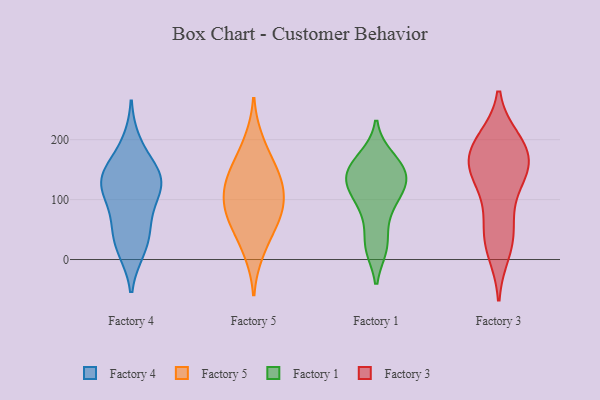
{"axis": {"x": "Churn Rate (%)", "y": "Value"}, "legend": ["Factory 1", "Factory 3", "Factory 4", "Factory 5"], "data": [{"x": "", "y": 141, "type": "Factory 4"}, {"x": "", "y": 52, "type": "Factory 4"}, {"x": "", "y": 21, "type": "Factory 4"}, {"x": "", "y": 17, "type": "Factory 4"}, {"x": "", "y": 138, "type": "Factory 4"}, {"x": "", "y": 57, "type": "Factory 4"}, {"x": "", "y": 154, "type": "Factory 4"}, {"x": "", "y": 126, "type": "Factory 4"}, {"x": "", "y": 124, "type": "Factory 4"}, {"x": "", "y": 194, "type": "Factory 4"}, {"x": "", "y": 95, "type": "Factory 4"}, {"x": "", "y": 120, "type": "Factory 4"}, {"x": "", "y": 87, "type": "Factory 5"}, {"x": "", "y": 66, "type": "Factory 5"}, {"x": "", "y": 49, "type": "Factory 5"}, {"x": "", "y": 115, "type": "Factory 5"}, {"x": "", "y": 129, "type": "Factory 5"}, {"x": "", "y": 199, "type": "Factory 5"}, {"x": "", "y": 11, "type": "Factory 5"}, {"x": "", "y": 110, "type": "Factory 5"}, {"x": "", "y": 153, "type": "Factory 5"}, {"x": "", "y": 77, "type": "Factory 5"}, {"x": "", "y": 154, "type": "Factory 5"}, {"x": "", "y": 109, "type": "Factory 1"}, {"x": "", "y": 98, "type": "Factory 1"}, {"x": "", "y": 142, "type": "Factory 1"}, {"x": "", "y": 22, "type": "Factory 1"}, {"x": "", "y": 137, "type": "Factory 1"}, {"x": "", "y": 72, "type": "Factory 1"}, {"x": "", "y": 171, "type": "Factory 1"}, {"x": "", "y": 130, "type": "Factory 1"}, {"x": "", "y": 20, "type": "Factory 1"}, {"x": "", "y": 137, "type": "Factory 1"}, {"x": "", "y": 165, "type": "Factory 1"}, {"x": "", "y": 44, "type": "Factory 3"}, {"x": "", "y": 198, "type": "Factory 3"}, {"x": "", "y": 137, "type": "Factory 3"}, {"x": "", "y": 187, "type": "Factory 3"}, {"x": "", "y": 31, "type": "Factory 3"}, {"x": "", "y": 71, "type": "Factory 3"}, {"x": "", "y": 157, "type": "Factory 3"}, {"x": "", "y": 189, "type": "Factory 3"}, {"x": "", "y": 14, "type": "Factory 3"}, {"x": "", "y": 187, "type": "Factory 3"}, {"x": "", "y": 157, "type": "Factory 3"}, {"x": "", "y": 148, "type": "Factory 3"}, {"x": "", "y": 128, "type": "Factory 3"}]}